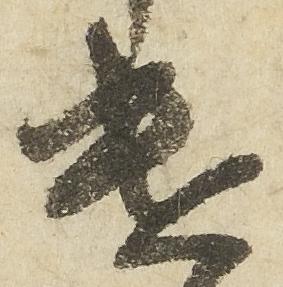
遣